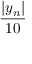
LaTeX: \frac { | y _ { n } | } { 1 0 }